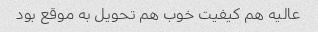
عالیه هم کیفیت خوب هم تحویل به موقع بود